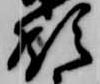
領